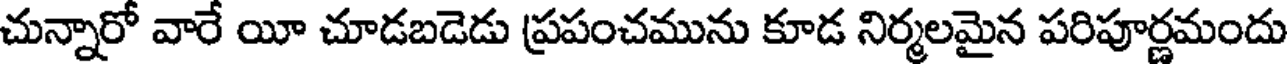
చున్నారో వారే యీ చూడబడెడు ప్రపంచమును కూడ నిర్మలమైన పరిపూర్ణమందు